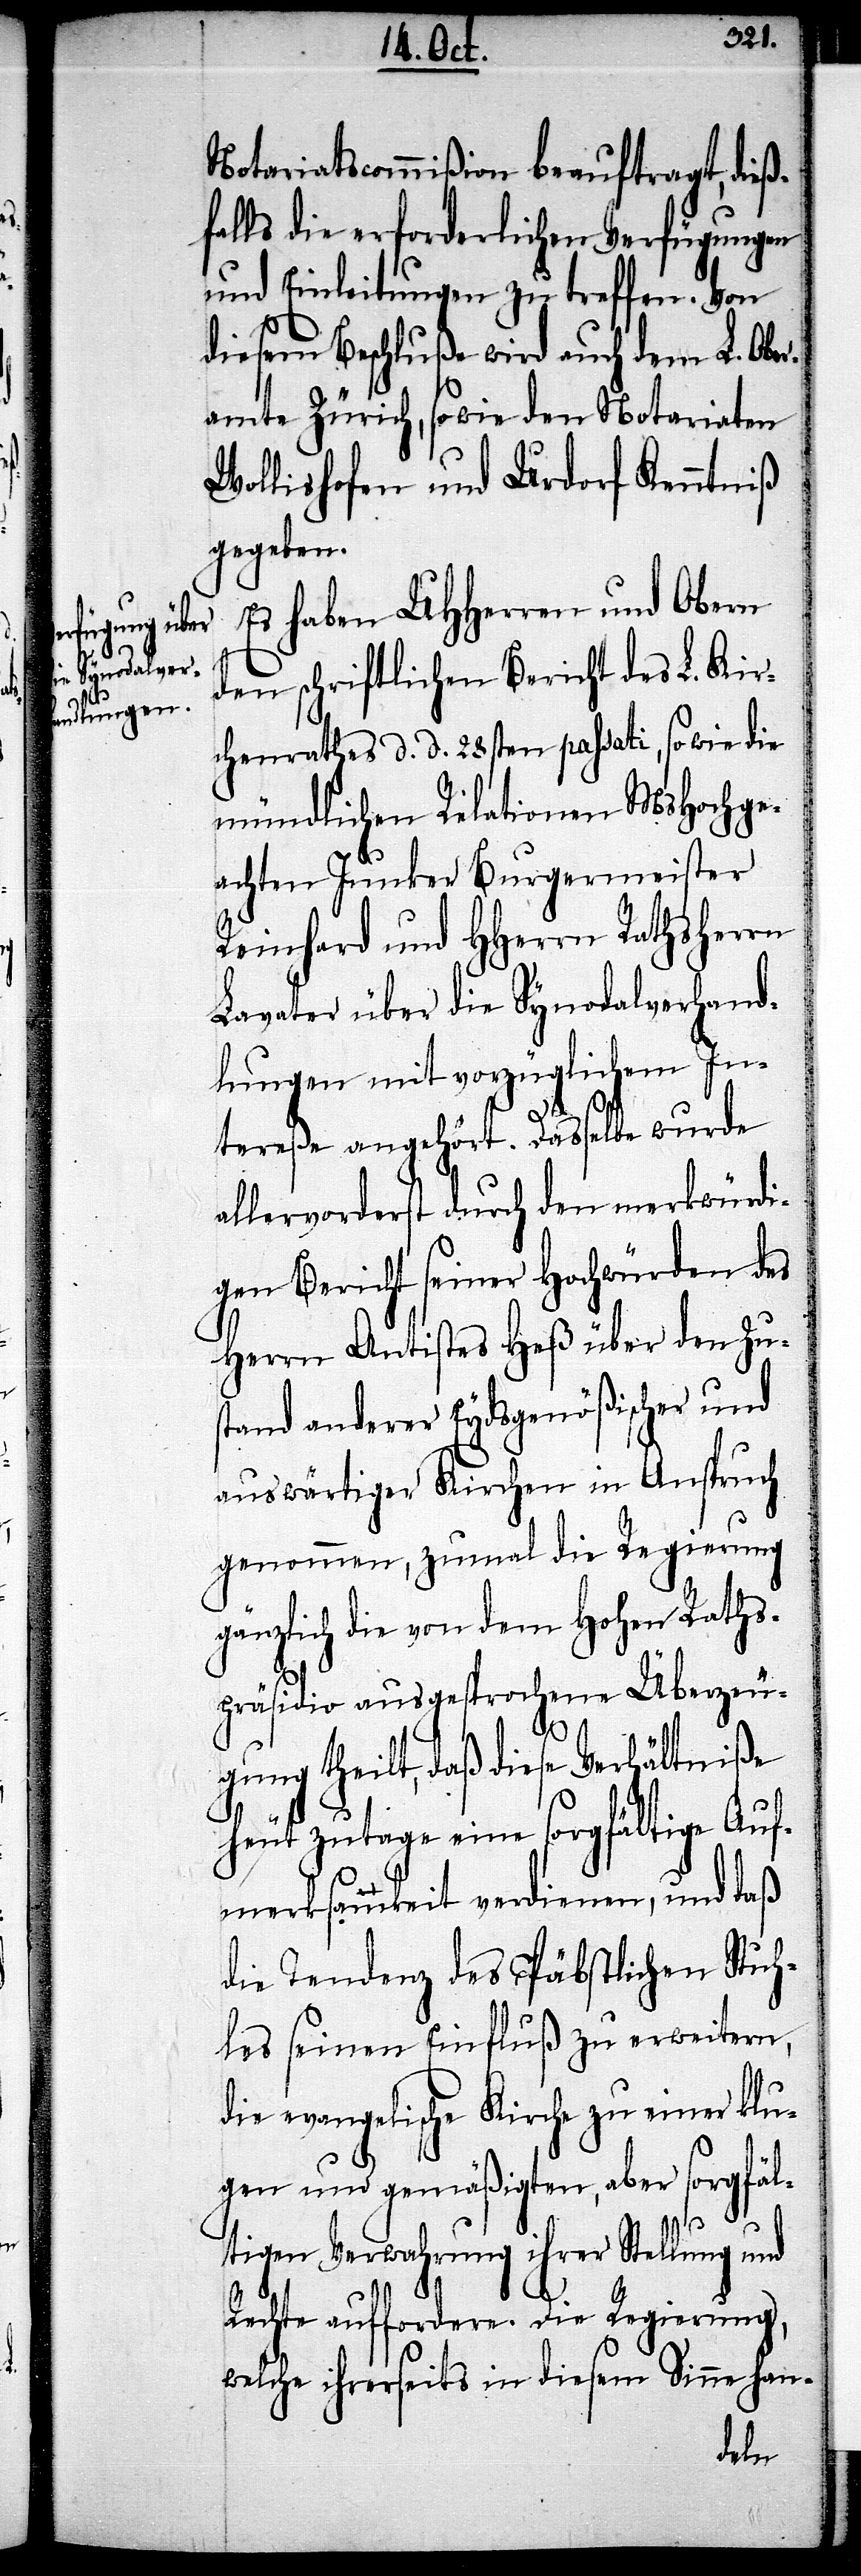
Notariatscommißion beauftragt, dieß¬
falls die erforderlichen Verfügungen
und Einleitungen zu treffen. Von
diesem Beschluße wird auch dem L. Obe¬
ramte Zürich, sowie den Notariaten
Wollishofen und Urdorf Kenntniß
gegeben.
Es haben UHHerren und Obern
den schriftlichen Bericht des L. Kir¬
chenrathes d. d. 28sten passati, so wie die
mündlichen Relationen MsHochge¬
achten Junker Burgermeister
Reinhard und HHerrn Rathsherrn
Lavater über die Synodalverhand¬
lungen mit vorzüglichem In¬
tereße angehört. Dasselbe wurde
allervorderst durch den merkwürdi¬
gen Bericht seiner Hochwürden des
Herrn Antistes Heß über den Zus¬
tand anderer Eydsgenößischer und
auswärtiger Kirchen in Anspruch
genommen, zumal die Regierung
gänzlich die von dem Hohen Raths¬
präsidio ausgesprochene Überzeu¬
gung theilt, daß diese Verhältniße
heutzutage eine sorgfältige Auf¬
merksamkeit verdienen, und daß
die Tendenz des Päbstlichen Stuh¬
les seinen Einfluß zu erweitern,
die evangelische Kirche zu einer klu¬
gen und gemäßigten, aber sorgfäl¬
tigen Verwahrung ihrer Stellung und
Rechte auffordere. Die Regierung,
welche ihrerseits in diesem Sinne han-